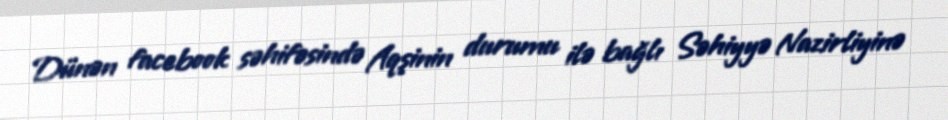
Dünən facebook səhifəsində Aqşinin durumu ilə bağlı Səhiyyə Nazirliyinə